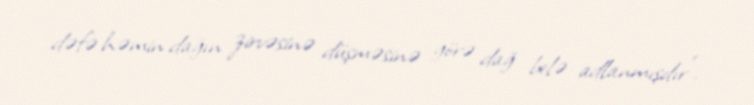
dəfə həmin dağın zirvəsinə düşməsinə görə dağ belə adlanmışdır".